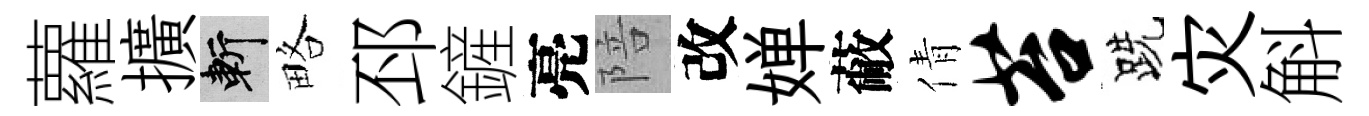
蘿擴斬略邳鏟亮陪改婵蔽倩苔跣灾斛